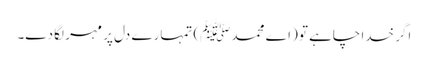
اگر خدا چاہے تو (اے محمدﷺ) تمہارے دل پر مہر لگا دے۔